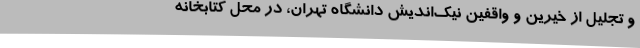
و تجلیل از خیرین و واقفین نیک‌اندیش دانشگاه تهران، در محل کتابخانه